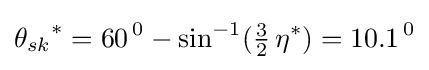
{{\theta }_{sk}}^{*}={{60}^{\,0}}-{{\sin }^{-1}}({\tfrac {3}{2}}\,{{\eta }^{*}})={{10.1}^{\,0}}